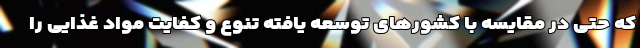
که حتی در مقایسه با کشورهای توسعه یافته تنوع و کفایت مواد غذایی را